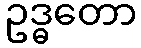
ဥဒ္ဓတော